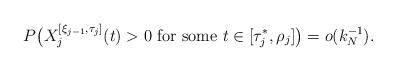
LaTeX: \begin{align*}P \big( X_j^{[\xi_{j-1}, \tau_j]}(t) > 0 \mbox{ for some }t \in [\tau_j^*, \rho_j] \big) = o(k_N^{-1}).\end{align*}